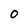
Character: o